Madras plague regulations in force outside the Presidency town - Volume 6
Disease focus: Plague
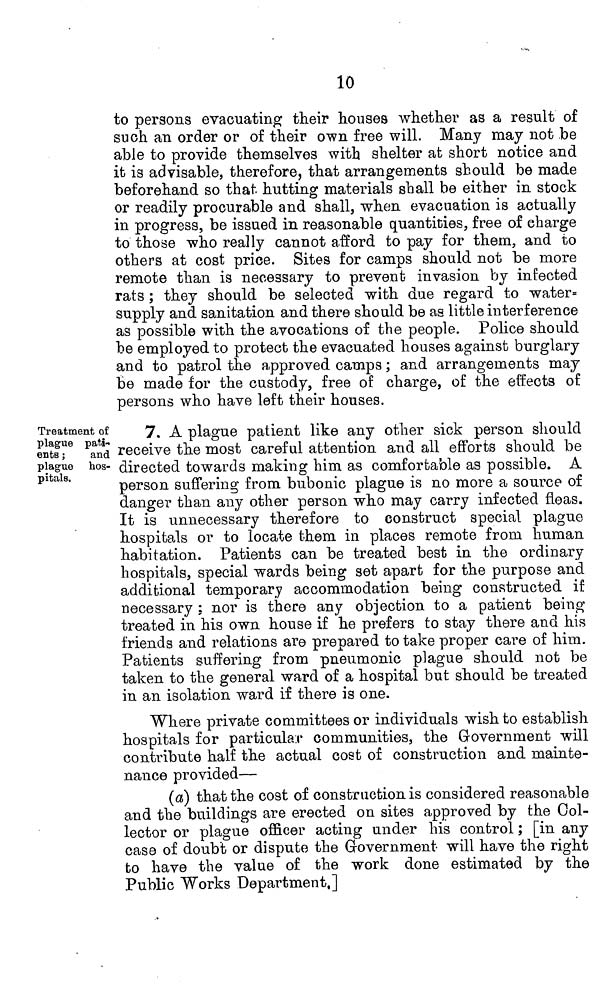
10
to persons evacuating their houses whether as a result of
such an order or of their own free will. Many may not be
able to provide themselves with shelter at short notice and
it is advisable, therefore, that arrangements should be made
beforehand so that hutting materials shall be either in stock
or readily procurable and shall, when evacuation is actually
in progress, be issued in reasonable quantities, free of charge
to those who really cannot afford to pay for them, and to
others at cost price. Sites for camps should not be more
remote than is necessary to prevent invasion by infected
rats ; they should be selected with due regard to water-
supply and sanitation and there should be as little interference
as possible with the avocations of the people. Police should
be employed to protect the evacuated houses against burglary
and to patrol the approved camps ; and arrangements may
be made for the custody, free of charge, of the effects of
persons who have left their houses.
Treatment of
plague pati-
ents ;
and
plague hos-
pitals.
7. A plague patient like any other sick person should
receive the most careful attention and all efforts should be
directed towards making him as comfortable as possible. A
person suffering from bubonic plague is no more a source of
danger than any other person who may carry infected fleas.
It is unnecessary therefore to construct special plague
hospitals or to locate them in places remote from human
habitation. Patients can be treated best in the ordinary
hospitals, special wards being set apart for the purpose and
additional temporary accommodation being constructed if
necessary : nor is there any objection to a patient being
treated in his own house if he prefers to stay there and his
friends and relations are prepared to take proper care of him.
Patients suffering from pneumonic plague should not be
taken to the general ward of a hospital but should be treated
in an isolation ward if there is one.
Where private committees or individuals wish to establish
hospitals for particular communities, the Government will
contribute half the actual cost of construction and mainte-
nance provided—
(a) that the cost of construction is considered reasonable
and the buildings are erected on sites approved by the Col-
lector or plague officer acting under his control ; [in any
case of doubt or dispute the Government will have the right
to have the value of the work done estimated by the
Public Works Department.]